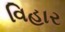
વિહાર